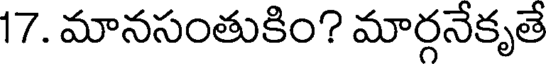
17. మానసంతుకిం? మార్గనేకృతే